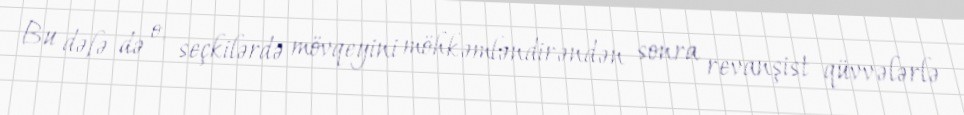
Bu dəfə də o, seçkilərdə mövqeyini möhkəmləndirəndən sonra revanşist qüvvələrlə